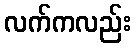
လက်ကလည်း